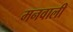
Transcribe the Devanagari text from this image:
मनवाली